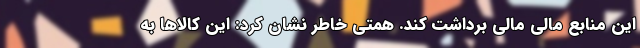
این منابع مالی مالی برداشت کند. همتی خاطر نشان کرد: این کالاها به